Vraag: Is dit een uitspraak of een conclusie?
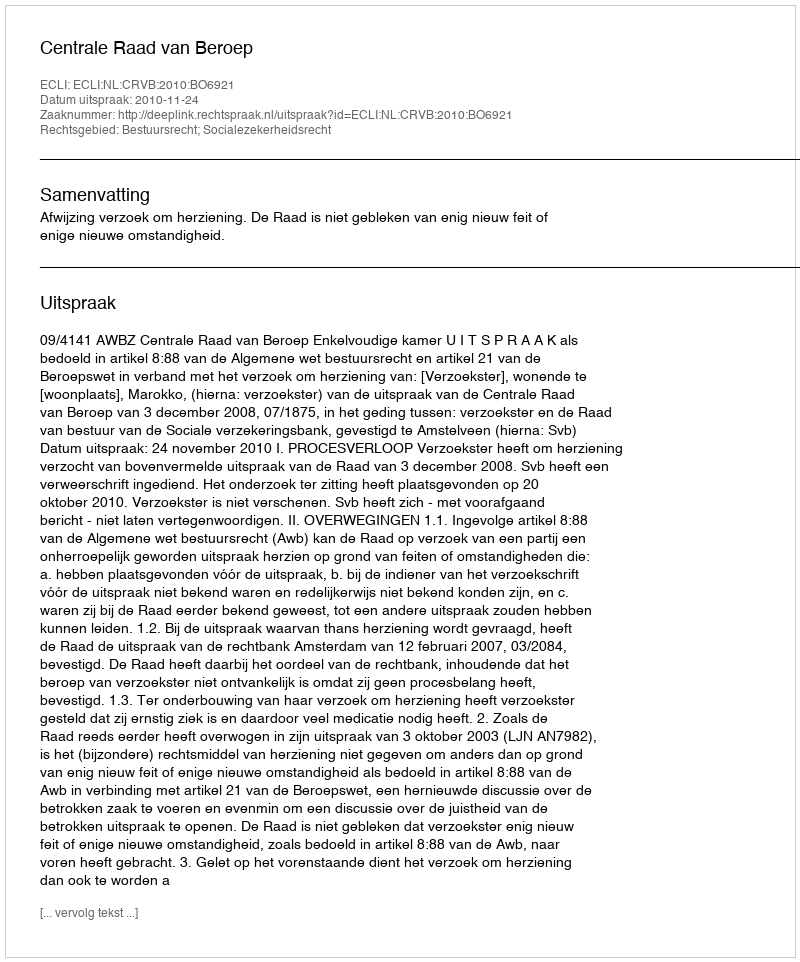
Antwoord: Uitspraak